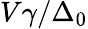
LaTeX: V\gamma/\Delta_{0}